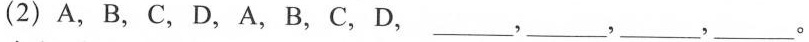
(2)A，B，C，D，A，B，C，D，___，___，___，___。